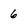
Character: 6